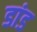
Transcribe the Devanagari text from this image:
डांड